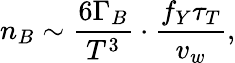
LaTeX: n_{B}\sim\frac{6\Gamma_{B}}{T^{3}}\cdot\frac{f_{Y}\tau_{T}}{v_{w}},